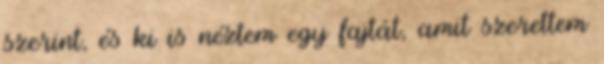
szerint, és ki is néztem egy fajtát, amit szerettem